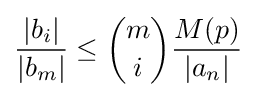
{\frac {|b_{i}|}{|b_{m}|}}\leq {\binom {m}{i}}{\frac {M(p)}{|a_{n}|}}